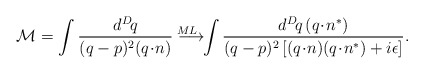
\begin{align*}{\cal M} = \int \frac{d^D\! q}{(q-p)^2 (q\!\cdot\! n)} \longrightarrow^{\!\!\!\!\!\!\!\!\!\!\!\!\!\! ML} \int \frac{d^D\! q \, (q\!\cdot\!n^*)}{(q-p)^2 \left[(q\!\cdot\! n) (q\!\cdot\! n^*) +i\epsilon\right]}.\end{align*}